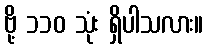
ဗို့ ၁၁၀ သုံး ရှိပါသလား။